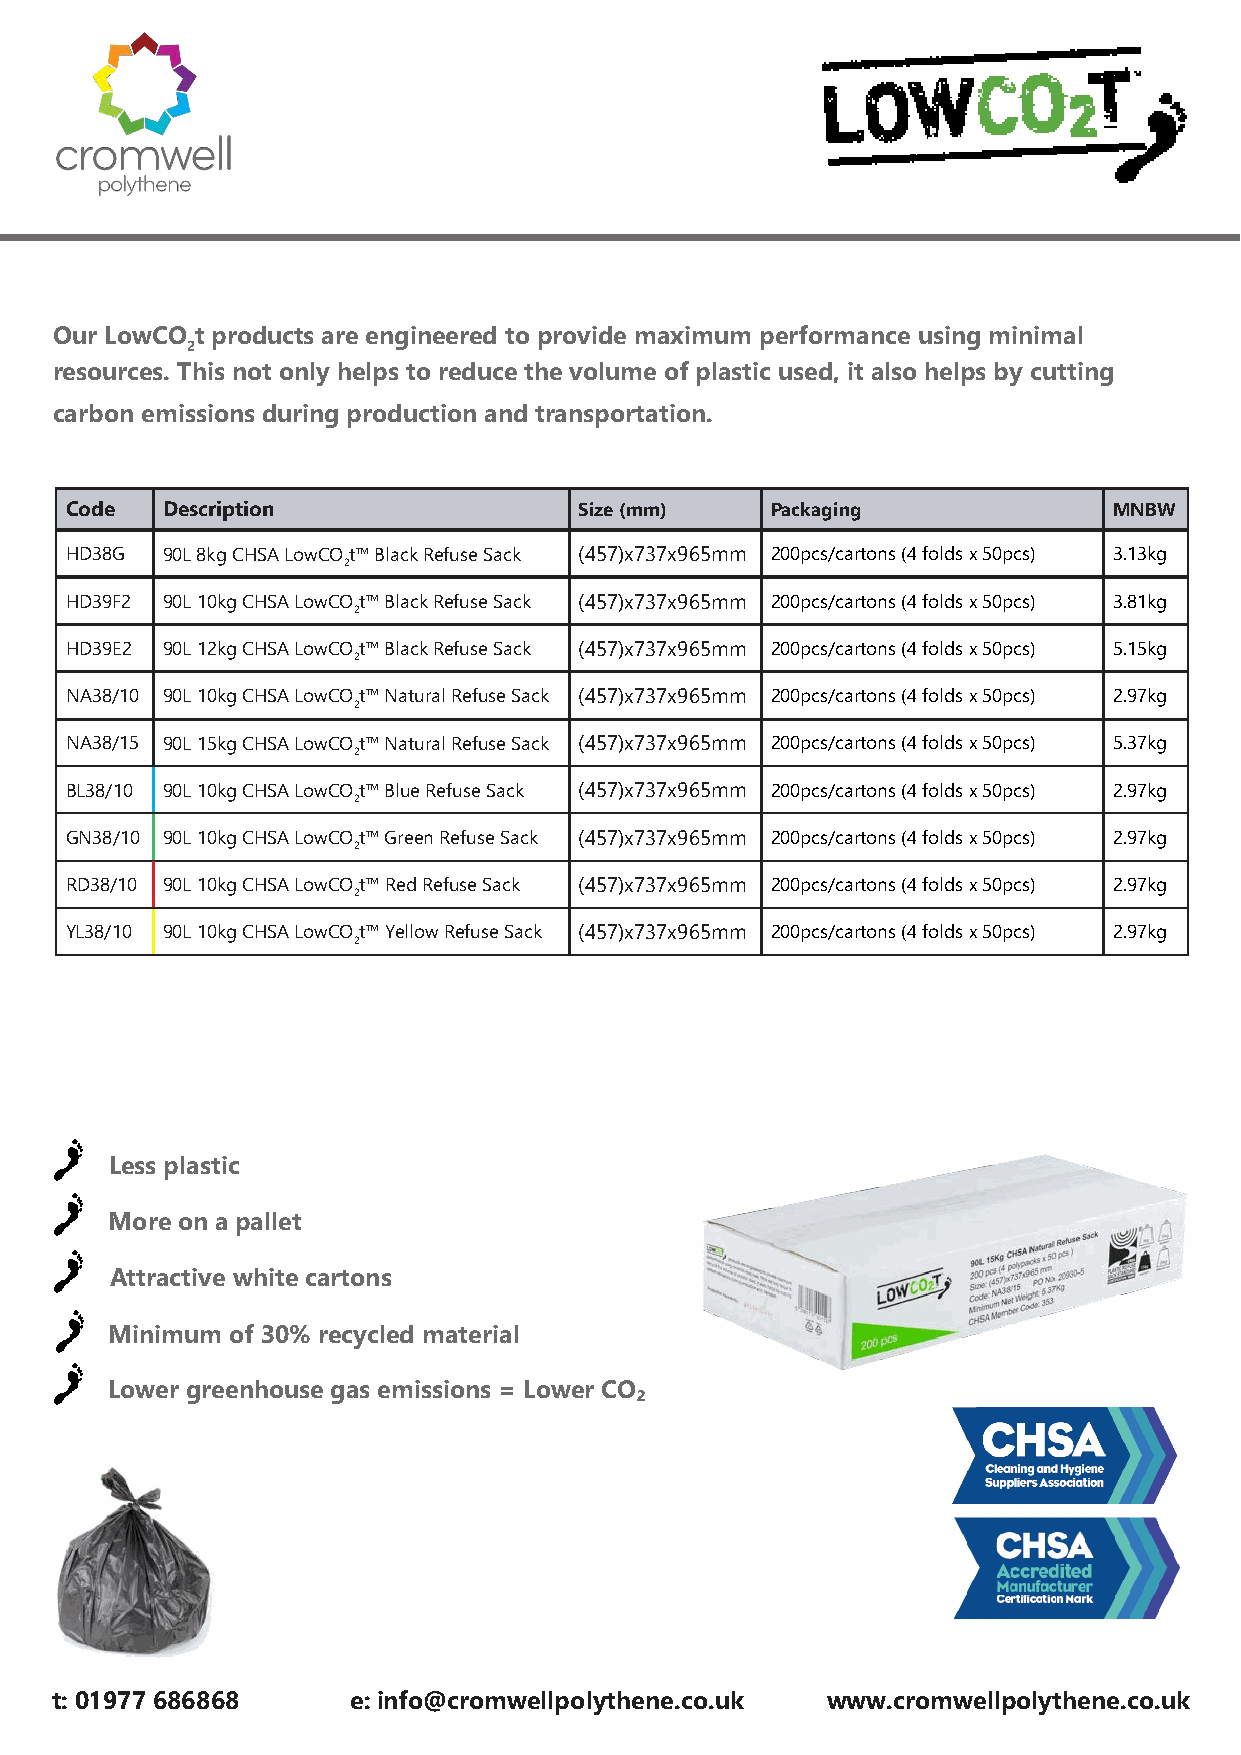
Our LowCO t products are engineered to provide maximum performance using minimal
 2
 resources. This not only helps to reduce the volume of plastic used, it also helps by cutting
 carbon emissions during production and transportation.
 Code   Description                Size (mm)    Packaging              MNBW
 HD38G  90L 8kg CHSA LowCOt™ Black Refuse Sack (457)x737x965mm 200pcs/cartons (4 folds x 50pcs) 3.13kg
 2
 HD39F2 90L 10kg CHSA LowCOt™ Black Refuse Sack (457)x737x965mm 200pcs/cartons (4 folds x 50pcs) 3.81kg
 2
 HD39E2 90L 12kg CHSA LowCOt™ Black Refuse Sack (457)x737x965mm 200pcs/cartons (4 folds x 50pcs) 5.15kg
 2
 NA38/10 90L 10kg CHSA LowCOt™ Natural Refuse Sack (457)x737x965mm 200pcs/cartons (4 folds x 50pcs) 2.97kg
 2
 NA38/15 90L 15kg CHSA LowCOt™ Natural Refuse Sack (457)x737x965mm 200pcs/cartons (4 folds x 50pcs) 5.37kg
 2
 BL38/10 90L 10kg CHSA LowCOt™ Blue Refuse Sack (457)x737x965mm 200pcs/cartons (4 folds x 50pcs) 2.97kg
 2
 GN38/10 90L 10kg CHSA LowCOt™ Green Refuse Sack (457)x737x965mm 200pcs/cartons (4 folds x 50pcs) 2.97kg
 2
 RD38/10 90L 10kg CHSA LowCOt™ Red Refuse Sack (457)x737x965mm 200pcs/cartons (4 folds x 50pcs) 2.97kg
 2
 YL38/10 90L 10kg CHSA LowCOt™ Yellow Refuse Sack (457)x737x965mm 200pcs/cartons (4 folds x 50pcs) 2.97kg
 2
 Less plastic
 More on a pallet
 Attractive white cartons
 Minimum of 30% recycled material
 Lower greenhouse gas emissions = Lower CO₂
 t: 01977 686868     e: info@cromwellpolythene.co.uk www.cromwellpolythene.co.uk